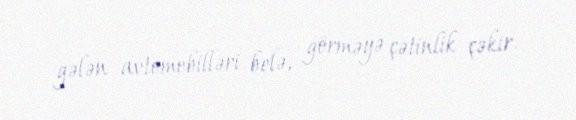
gələn avtomobilləri belə, görməyə çətinlik çəkir.